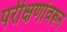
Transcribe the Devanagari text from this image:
परीक्षणांवरून